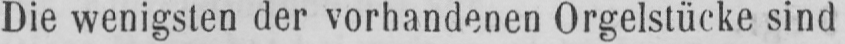
Die wenigsten der vorhandenen Orgelstücke sind